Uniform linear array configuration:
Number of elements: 12
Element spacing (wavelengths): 0.5
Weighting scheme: hamming
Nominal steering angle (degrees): -30
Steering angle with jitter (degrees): -28.83
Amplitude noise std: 0.05
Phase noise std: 0.05

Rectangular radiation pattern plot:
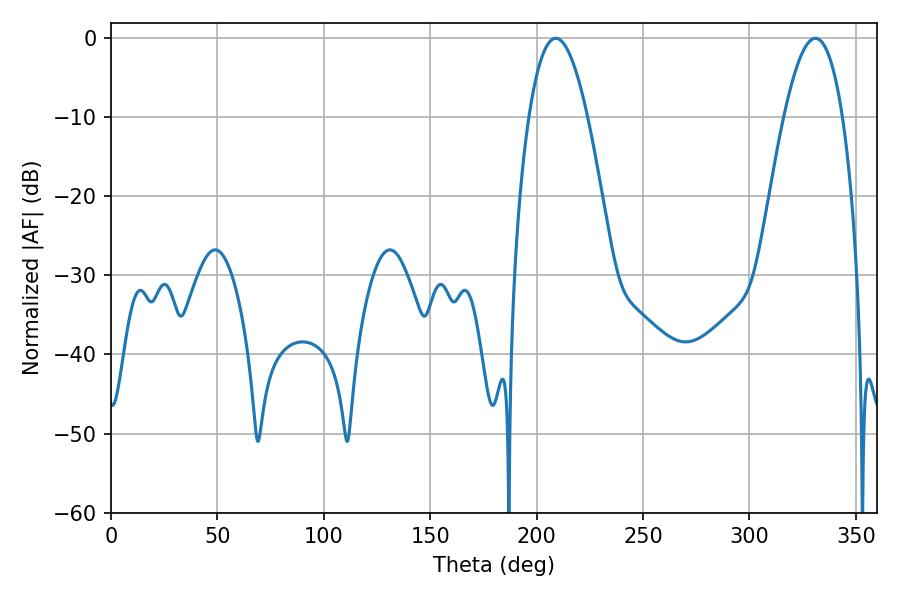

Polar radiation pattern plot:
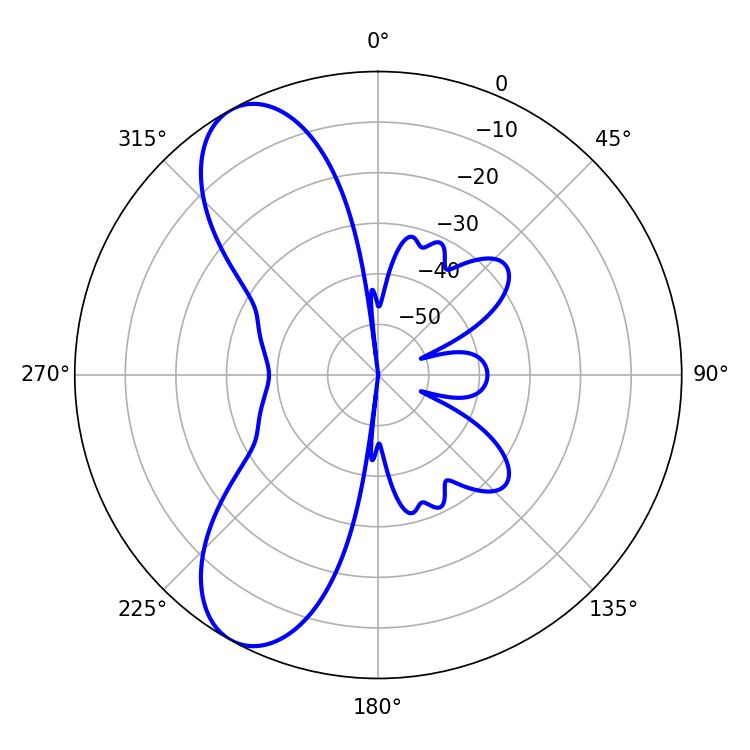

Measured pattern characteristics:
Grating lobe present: FALSE
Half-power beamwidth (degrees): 15.12
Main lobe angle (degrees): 208.98